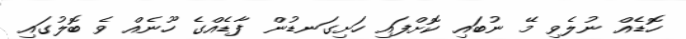
ހޮޑެއް ނުލެވި މޭ ނުބައި ކޮށްފައި ހަށިގަނޑުން ފާޑެއްގެ ހޫނެއް ވެ ބޮލުގައި